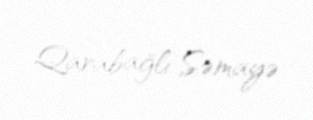
Qarabağlı Səmayə